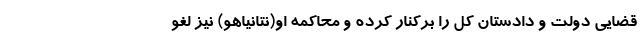
قضایی دولت و دادستان کل را برکنار کرده و محاکمه او(نتانیاهو) نیز لغو